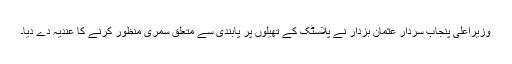
وزیراعلی پنجاب سردار عثمان بزدار نے پلاسٹک کے تھیلوں پر پابندی سے متعلق سمری منظور کرنے کا عندیہ دے دیا۔